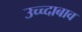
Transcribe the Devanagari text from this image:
उच्च्दाबाव